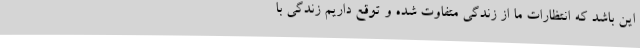
این باشد که انتظارات ما از زندگی متفاوت شده و توقع داریم زندگی با